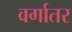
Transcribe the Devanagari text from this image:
वर्गातर